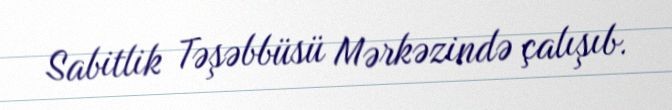
Sabitlik Təşəbbüsü Mərkəzində çalışıb.